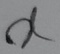
Text: X